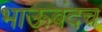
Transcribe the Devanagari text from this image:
भाऊबंदच